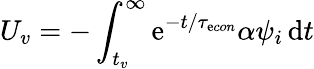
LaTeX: U_{v}=-\int_{t_{v}}^{\infty}\mathrm{e}^{-t/{\tau_{\mathrm{e}con}}}\alpha\psi_{i}\, \mathrm{{d}}t